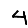
Digit: 4